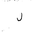
Letter: _lam